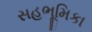
સહભૂમિકા